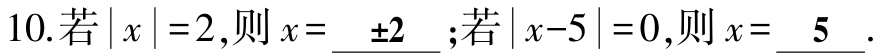
10.若\(\vert x\vert =2\),则\(x = \pm2\);若\(\vert x - 5\vert = 0\),则\(x = 5\).